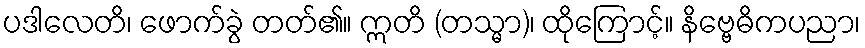
ပဒါလေတိ၊ ဖောက်ခွဲ တတ်၏။ ဣတိ (တသ္မာ)၊ ထိုကြောင့်။ နိဗ္ဗေဓိကပညာ၊